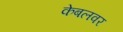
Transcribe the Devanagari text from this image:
केबलवर